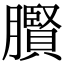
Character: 臔